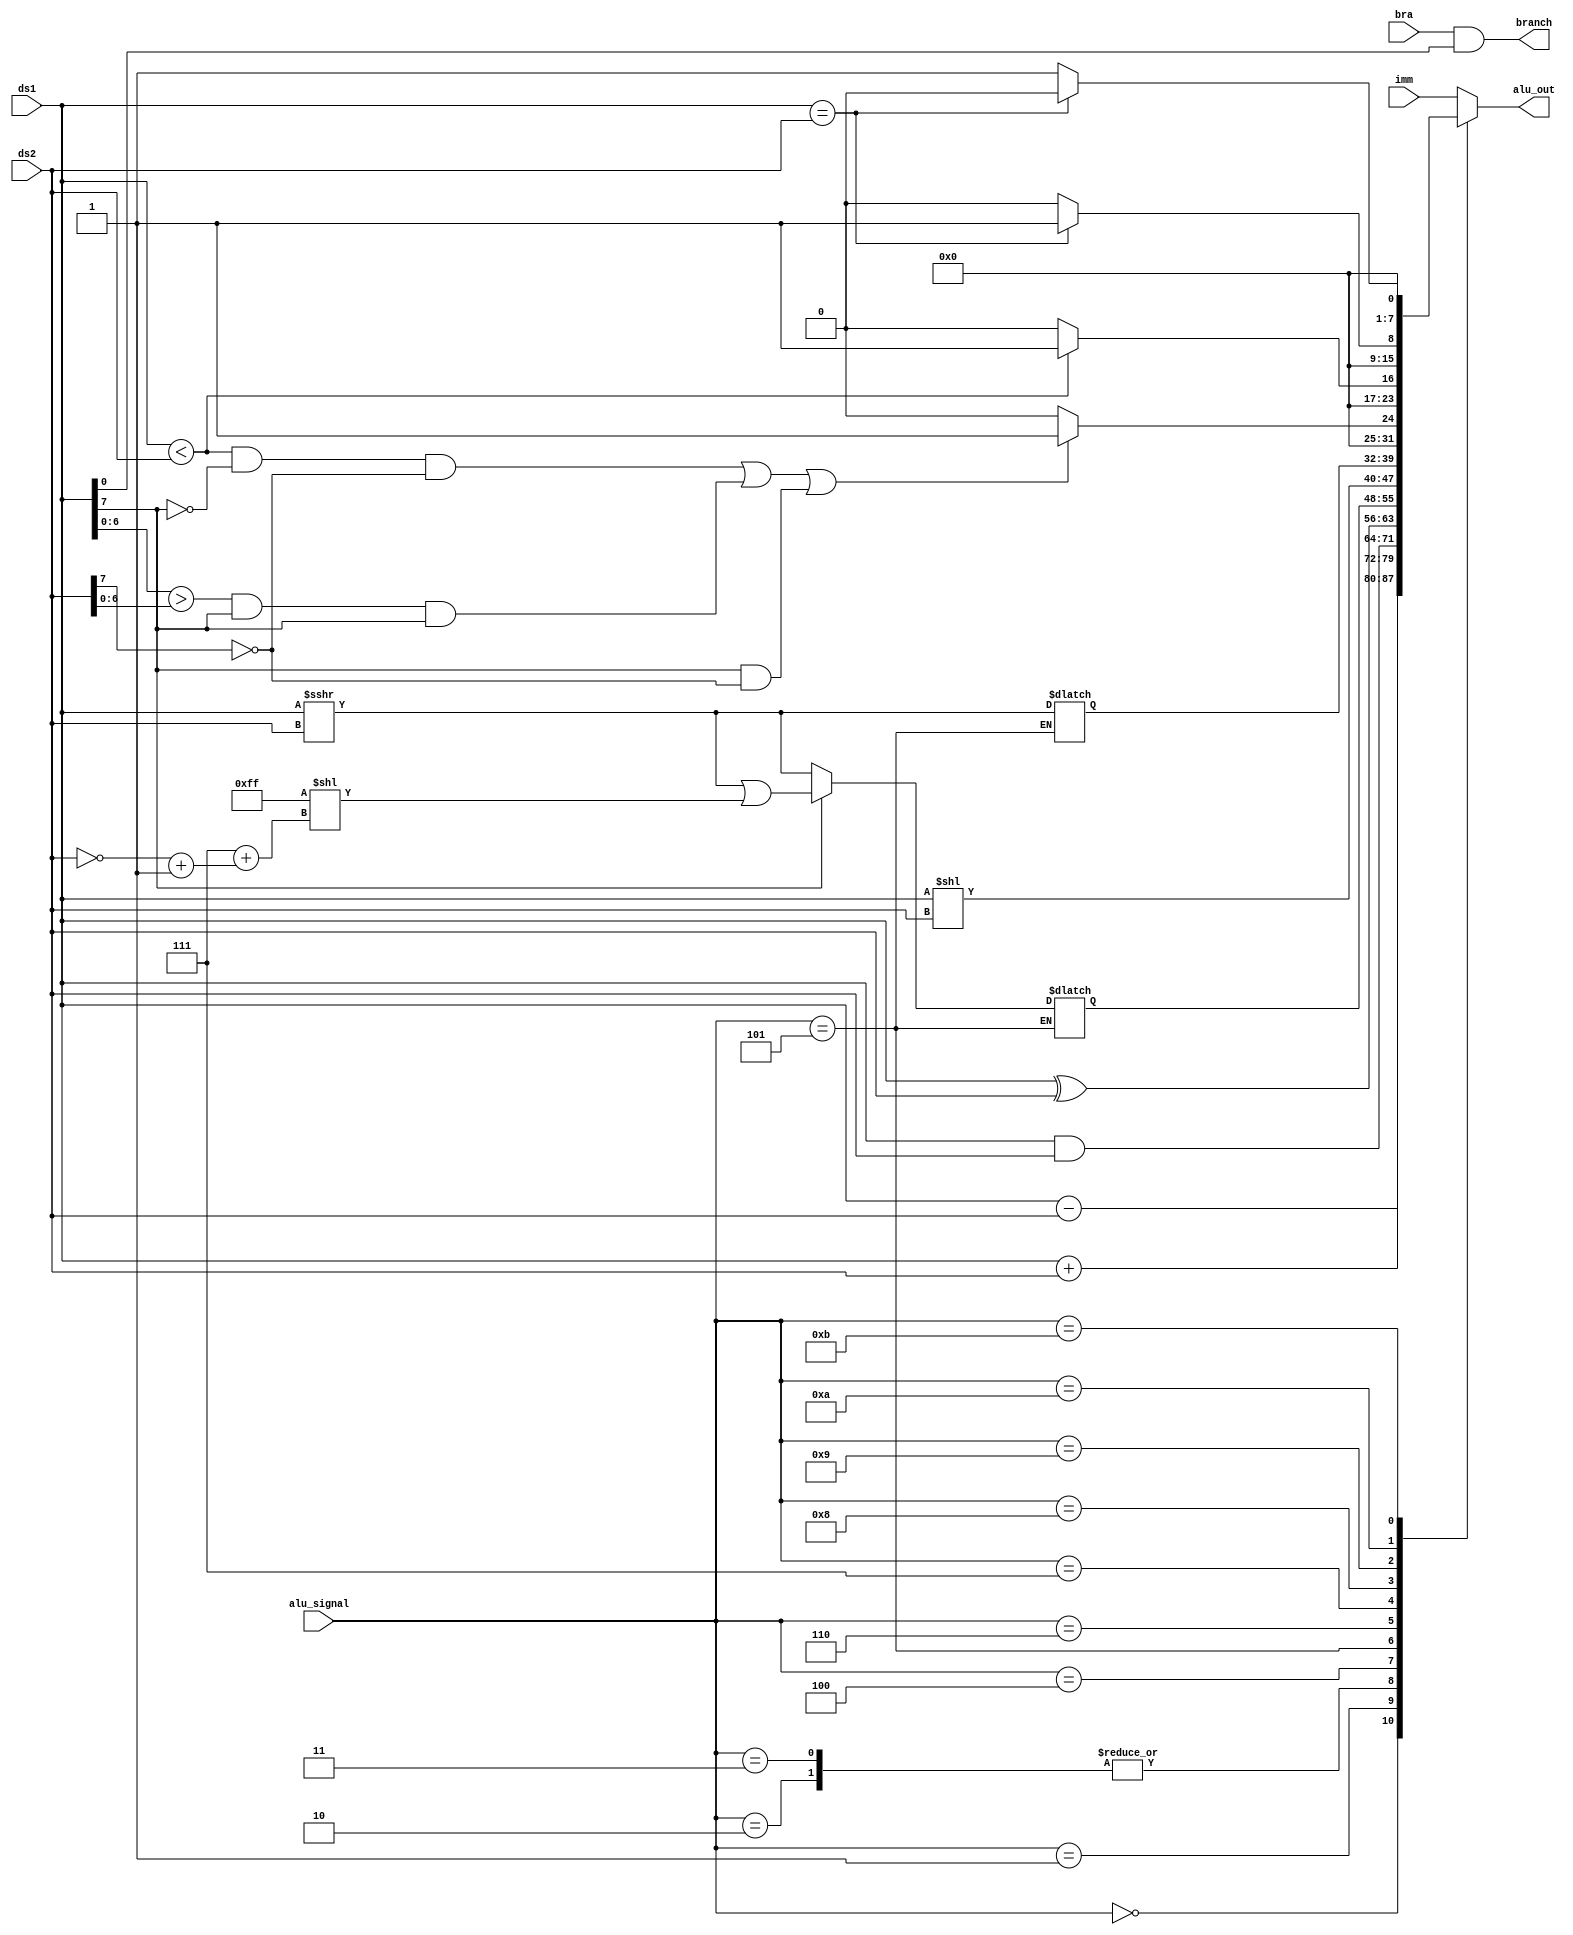
// Generated by MyHDL 0.11


`timescale 1ns/10ps

module alu (
    ds1,
    ds2,
    imm,
    bra,
    branch,
    alu_out,
    alu_signal
);
// :param ds1: 8 in  distiation1
// :param ds2: 8 in distination2
// :param imm: 8 in imm
// :param unsign: 1 in
// :param bra: 1 in jump
// :param branch: 1 out allow jump
// :param alu_out: 4 out output of alu
// :param alu_signal: 11 in alu signals
// :return:

input [7:0] ds1;
input [7:0] ds2;
input [7:0] imm;
input bra;
output branch;
wire branch;
output [7:0] alu_out;
reg [7:0] alu_out;
input [4:0] alu_signal;

wire [7:0] shift_left;
wire [7:0] shift_num;
reg [7:0] shift_right_signed;
wire [7:0] shift_right_signed_temp;
reg [7:0] shift_right_unsigned;




assign shift_right_signed_temp = (ds1 >>> ds2);
assign shift_left = (ds1 << ds2);
assign shift_num = (255 << (7 + ((~ds2) + 1)));


always @(shift_num, shift_right_signed_temp, ds1, alu_signal) begin: ALU_SHIFT_RIGHT_LOGIC
    if ((alu_signal == 4'b0101)) begin
        if (ds1[7]) begin
            shift_right_signed = (shift_right_signed_temp | shift_num);
        end
        else begin
            shift_right_signed = shift_right_signed_temp;
        end
    end
    else begin
        shift_right_unsigned = shift_right_signed_temp;
    end
end



assign branch = (bra & ds1[0]);


always @(ds2, ds1, shift_left, shift_right_unsigned, alu_signal, imm, shift_right_signed) begin: ALU_ALU_LOGIC
    case (alu_signal)
        4'b0000: begin
            alu_out = (ds1 + ds2);
        end
        4'b0001: begin
            alu_out = (ds1 - ds2);
        end
        4'b0010: begin
            alu_out = (ds1 & ds2);
        end
        4'b0011: begin
            alu_out = (ds1 & ds2);
        end
        4'b0100: begin
            alu_out = (ds1 ^ ds2);
        end
        4'b0101: begin
            alu_out = shift_right_signed;
        end
        4'b0110: begin
            alu_out = shift_left;
        end
        4'b0111: begin
            alu_out = shift_right_unsigned;
        end
        4'b1000: begin
            if ((((ds1 < ds2) && (ds1[7] == 0) && (ds2[7] == 0)) || ((ds1[7-1:0] > ds2[7-1:0]) && (ds1[7] == 1) && (ds1[7] == 1)) || ((ds1[7] == 1) && (ds2[7] == 0)))) begin
                alu_out = 1;
            end
            else begin
                alu_out = 0;
            end
        end
        4'b1001: begin
            if ((ds1 < ds2)) begin
                alu_out = 1;
            end
            else begin
                alu_out = 0;
            end
        end
        4'b1010: begin
            if ((ds1 == ds2)) begin
                alu_out = 1;
            end
            else begin
                alu_out = 0;
            end
        end
        4'b1011: begin
            if ((ds1 == ds2)) begin
                alu_out = 0;
            end
            else begin
                alu_out = 1;
            end
        end
        default: begin
            alu_out = imm;
        end
    endcase
end

endmodule